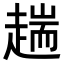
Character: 𧼴